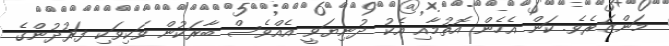
މަންޒަރެވެ. ކަން އެހެން އޮތުމާއި އެކު ދުނިޔަވީ އެއްވެސް ބާރަކުން ވަކިވަކި ފަރުދުންގެ